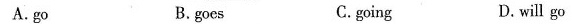
A.go B.goes C.going D.will go